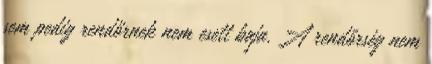
sem pedig rendőrnek nem esett baja. A rendőrség nem